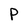
Character: p